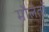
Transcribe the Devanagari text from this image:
मौलेतों